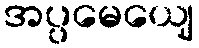
အပ္ပမေယျေ